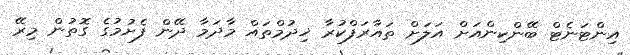
އިންޓަނެޓް ބޭންކިންއަށް އަލަށް ތައާރަފްކުރާ ޚިދުމްތައް މާދަމާ ދޭން ފެށުމުގެ ގޮތުން މިރޭ